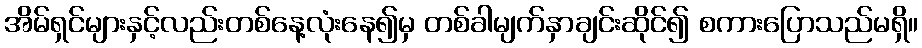
အိမ်ရှင်များနှင့်လည်းတစ်နေ့လုံးနေ၍မှ တစ်ခါမျက်နှာချင်းဆိုင်၍ စကားပြောသည်မရှိ။